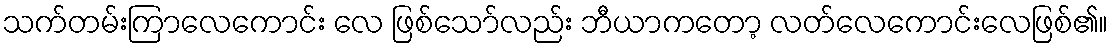
သက်တမ်းကြာလေကောင်း လေ ဖြစ်သော်လည်း ဘီယာကတော့ လတ်လေကောင်းလေဖြစ်၏။